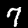
Label: 7